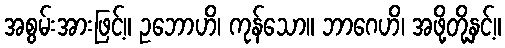
အစွမ်းအားဖြင့်။ ဥဘောဟိ၊ ကုန်သော။ ဘာဂေဟိ၊ အဖို့တို့နှင့်။